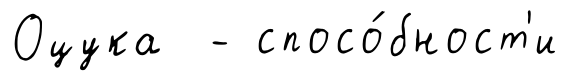
Оцука - спосо́бност'и